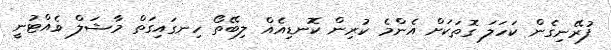
ފުރޭނިގެން ކަހަލަ ގޮތަކަށް އެންމެ ކުރިން ކޮނޑިއެއް ލިބޭތޯ ހިނގައިގަތް މާޝަލް ވެއްޓުނީ